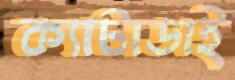
ক্যাটাডাই